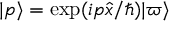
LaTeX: | p \rangle = \exp ( i p { \hat { x } } / \hbar ) | \varpi \rangle